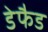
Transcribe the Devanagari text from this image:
डेफैड